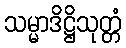
သမ္မာဒိဋ္ဌိသုတ္တံ